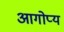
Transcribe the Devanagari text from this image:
आगोप्य